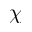
\chi